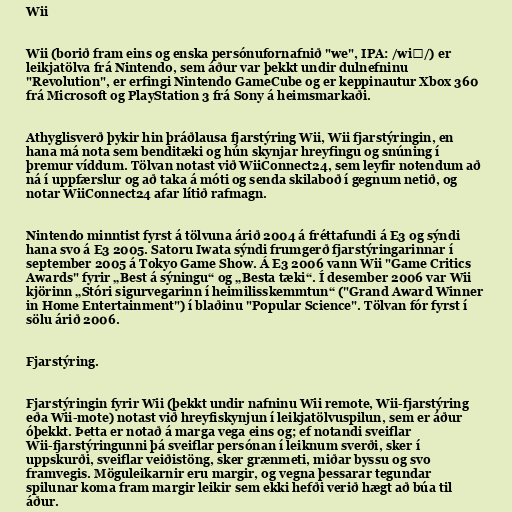
Wii

Wii (borið fram eins og enska persónufornafnið "we", IPA: /wiː/) er
leikjatölva frá Nintendo, sem áður var þekkt undir dulnefninu
"Revolution", er erfingi Nintendo GameCube og er keppinautur Xbox 360
frá Microsoft og PlayStation 3 frá Sony á heimsmarkaði.

Athyglisverð þykir hin þráðlausa fjarstýring Wii, Wii fjarstýringin, en
hana má nota sem benditæki og hún skynjar hreyfingu og snúning í
þremur víddum. Tölvan notast við WiiConnect24, sem leyfir notendum að
ná í uppfærslur og að taka á móti og senda skilaboð í gegnum netið, og
notar WiiConnect24 afar lítið rafmagn.

Nintendo minntist fyrst á tölvuna árið 2004 á fréttafundi á E3 og sýndi
hana svo á E3 2005. Satoru Iwata sýndi frumgerð fjarstýringarinnar í
september 2005 á Tokyo Game Show. Á E3 2006 vann Wii "Game Critics
Awards" fyrir „Best á sýningu“ og „Besta tæki“. Í desember 2006 var Wii
kjörinn „Stóri sigurvegarinn í heimilisskemmtun“ ("Grand Award Winner
in Home Entertainment") í blaðinu "Popular Science". Tölvan fór fyrst í
sölu árið 2006.

Fjarstýring.

Fjarstýringin fyrir Wii (þekkt undir nafninu Wii remote, Wii-fjarstýring
eða Wii-mote) notast við hreyfiskynjun í leikjatölvuspilun, sem er áður
óþekkt. Þetta er notað á marga vega eins og; ef notandi sveiflar
Wii-fjarstýringunni þá sveiflar persónan í leiknum sverði, sker í
uppskurði, sveiflar veiðistöng, sker grænmeti, miðar byssu og svo
framvegis. Möguleikarnir eru margir, og vegna þessarar tegundar
spilunar koma fram margir leikir sem ekki hefði verið hægt að búa til
áður.